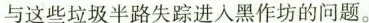
与这些垃圾半路失踪进入黑作坊的问题。